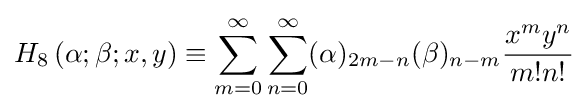
H_{8}\left(\alpha ;\beta ;x,y\right)\equiv \sum _{m=0}^{\infty }\sum _{n=0}^{\infty }(\alpha )_{2m-n}(\beta )_{n-m}{\frac {x^{m}y^{n}}{m!n!}}